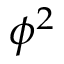
\phi ^ { 2 }